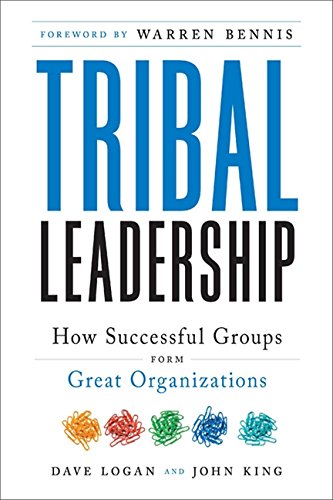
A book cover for Tribal Leadership: Leveraging Natural Groups to Build a Thriving Organization; Dave Logan; Business & Money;